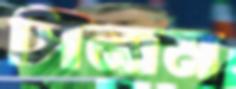
সিনাম